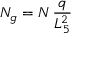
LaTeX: N _ { g } = N \, { \frac { q } { L _ { 5 } ^ { 2 } } }